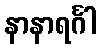
နာနာရင်္ဂါ